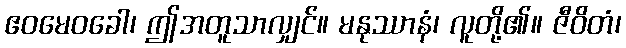
ဧဝမေဝခေါ၊ ဤအတူသာလျှင်။ မနုဿာနံ၊ လူတို့၏။ ဇီဝိတံ၊